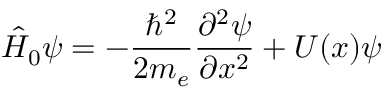
\hat { H } _ { 0 } \psi = - \frac { \hbar ^ { 2 } } { 2 m _ { e } } \frac { \partial ^ { 2 } \psi } { \partial x ^ { 2 } } + U ( x ) \psi